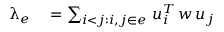
\begin{array} { r l } { \uplambda _ { e } } & { { } = \sum _ { i < j : i , j \in e } \, u _ { i } ^ { T } \, w \, u _ { j } } \end{array}